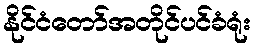
နိုင်ငံတော်အတိုင်ပင်ခံရုံး